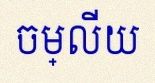
ចម្លើយ